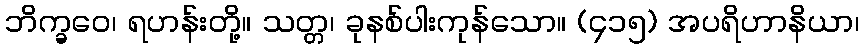
ဘိက္ခဝေ၊ ရဟန်းတို့။ သတ္တ၊ ခုနစ်ပါးကုန်သော။ (၄၁၅) အပရိဟာနိယာ၊